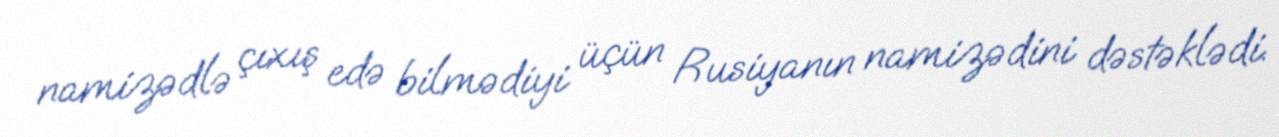
namizədlə çıxış edə bilmədiyi üçün Rusiyanın namizədini dəstəklədi.